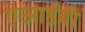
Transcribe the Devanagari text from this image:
एआईबी